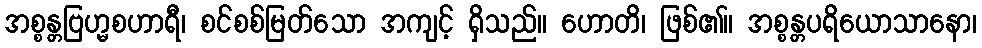
အစ္စန္တဗြဟ္မစဟာရီ၊ စင်စစ်မြတ်သော အကျင့် ရှိသည်။ ဟောတိ၊ ဖြစ်၏။ အစ္စန္တပရိယောသာနော၊